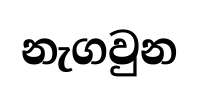
නැගවුන